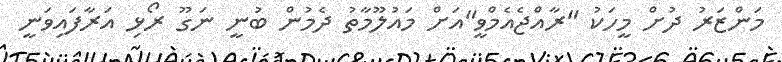
މަންޒަރު ދުށް މީހަކު "ރާއްޖެއެމްވީ"އަށް މައުލޫމާތު ދެމުން ބުނީ ނަގޫ ރޯޅި އަރާފައިވަނީ